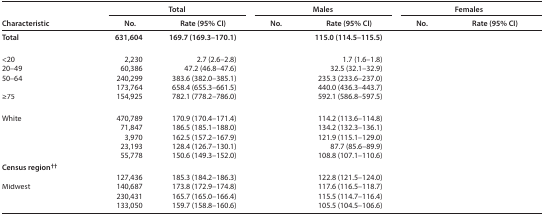
<table><thead><tr><td rowspan="2"><b>Characteristic</b></td><td colspan="2"><b>Total</b></td><td colspan="2"><b>Males</b></td><td colspan="2"><b>Females</b></td></tr><tr><td><b>No.</b></td><td><b>Rate (95% CI)</b></td><td><b>No.</b></td><td><b>Rate (95% CI)</b></td><td><b>No.</b></td><td><b>Rate (95% CI)</b></td></tr></thead><tbody><tr><td><b>Total</b></td><td><b>631,604</b></td><td><b>169.7 (169.3–170.1)</b></td><td>[EMPTY_CELL]</td><td><b>115.0 (114.5–115.5)</b></td><td>[EMPTY_CELL]</td><td>[EMPTY_CELL]</td></tr><tr><td colspan="7">[EMPTY_CELL]</td></tr><tr><td>&lt;20</td><td>2,230</td><td>2.7 (2.6–2.8)</td><td>[EMPTY_CELL]</td><td>1.7 (1.6–1.8)</td><td>[EMPTY_CELL]</td><td>[EMPTY_CELL]</td></tr><tr><td>20–49</td><td>60,386</td><td>47.2 (46.8–47.6)</td><td>[EMPTY_CELL]</td><td>32.5 (32.1–32.9)</td><td>[EMPTY_CELL]</td><td>[EMPTY_CELL]</td></tr><tr><td>50–64</td><td>240,299</td><td>383.6 (382.0–385.1)</td><td>[EMPTY_CELL]</td><td>235.3 (233.6–237.0)</td><td>[EMPTY_CELL]</td><td>[EMPTY_CELL]</td></tr><tr><td>[EMPTY_CELL]</td><td>173,764</td><td>658.4 (655.3–661.5)</td><td>[EMPTY_CELL]</td><td>440.0 (436.3–443.7)</td><td>[EMPTY_CELL]</td><td>[EMPTY_CELL]</td></tr><tr><td>≥75</td><td>154,925</td><td>782.1 (778.2–786.0)</td><td>[EMPTY_CELL]</td><td>592.1 (586.8–597.5)</td><td>[EMPTY_CELL]</td><td>[EMPTY_CELL]</td></tr><tr><td colspan="7">[EMPTY_CELL]</td></tr><tr><td>White</td><td>470,789</td><td>170.9 (170.4–171.4)</td><td>[EMPTY_CELL]</td><td>114.2 (113.6–114.8)</td><td>[EMPTY_CELL]</td><td>[EMPTY_CELL]</td></tr><tr><td>[EMPTY_CELL]</td><td>71,847</td><td>186.5 (185.1–188.0)</td><td>[EMPTY_CELL]</td><td>134.2 (132.3–136.1)</td><td>[EMPTY_CELL]</td><td>[EMPTY_CELL]</td></tr><tr><td>[EMPTY_CELL]</td><td>3,970</td><td>162.5 (157.2–167.9)</td><td>[EMPTY_CELL]</td><td>121.9 (115.1–129.0)</td><td>[EMPTY_CELL]</td><td>[EMPTY_CELL]</td></tr><tr><td>[EMPTY_CELL]</td><td>23,193</td><td>128.4 (126.7–130.1)</td><td>[EMPTY_CELL]</td><td>87.7 (85.6–89.9)</td><td>[EMPTY_CELL]</td><td>[EMPTY_CELL]</td></tr><tr><td>[EMPTY_CELL]</td><td>55,778</td><td>150.6 (149.3–152.0)</td><td>[EMPTY_CELL]</td><td>108.8 (107.1–110.6)</td><td>[EMPTY_CELL]</td><td>[EMPTY_CELL]</td></tr><tr><td colspan="7"><b>Census region<sup>††</sup></b></td></tr><tr><td>[EMPTY_CELL]</td><td>127,436</td><td>185.3 (184.2–186.3)</td><td>[EMPTY_CELL]</td><td>122.8 (121.5–124.0)</td><td>[EMPTY_CELL]</td><td>[EMPTY_CELL]</td></tr><tr><td>Midwest</td><td>140,687</td><td>173.8 (172.9–174.8)</td><td>[EMPTY_CELL]</td><td>117.6 (116.5–118.7)</td><td>[EMPTY_CELL]</td><td>[EMPTY_CELL]</td></tr><tr><td>[EMPTY_CELL]</td><td>230,431</td><td>165.7 (165.0–166.4)</td><td>[EMPTY_CELL]</td><td>115.5 (114.7–116.4)</td><td>[EMPTY_CELL]</td><td>[EMPTY_CELL]</td></tr><tr><td>[EMPTY_CELL]</td><td>133,050</td><td>159.7 (158.8–160.6)</td><td>[EMPTY_CELL]</td><td>105.5 (104.5–106.6)</td><td>[EMPTY_CELL]</td><td>[EMPTY_CELL]</td></tr></tbody></table>